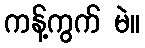
ကန့်ကွက် မဲ။